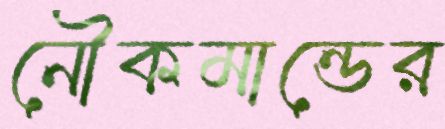
নৌকমান্ডের